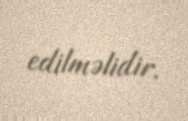
edilməlidir.